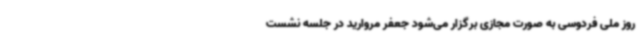
روز ملی فردوسی به صورت مجازی برگزار می‌شود جعفر مروارید در جلسه نشست